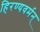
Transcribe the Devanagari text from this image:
हिरण्यवर्मन्